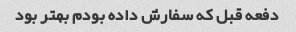
دفعه قبل که سفارش داده بودم بهتر بود